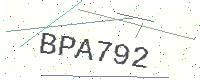
Text: BPA792